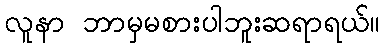
လူနာ ဘာမှမစားပါဘူးဆရာရယ်။